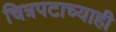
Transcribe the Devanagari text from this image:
चित्रपटाच्याही